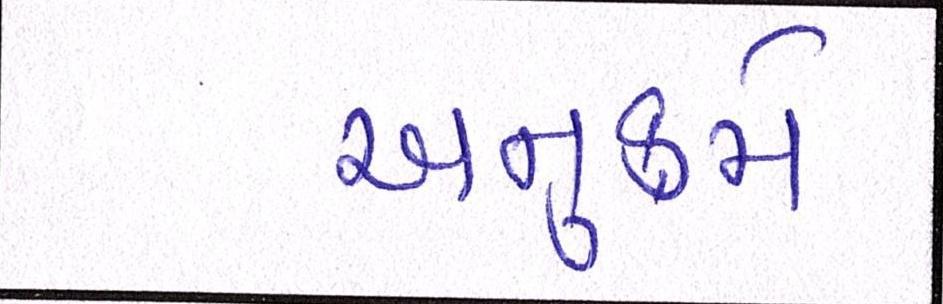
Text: અનુક્રમે